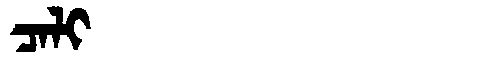
Manchu: ᠴᠠᠯᡳ
Romanization: CALI